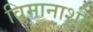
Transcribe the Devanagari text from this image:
विमानाशी